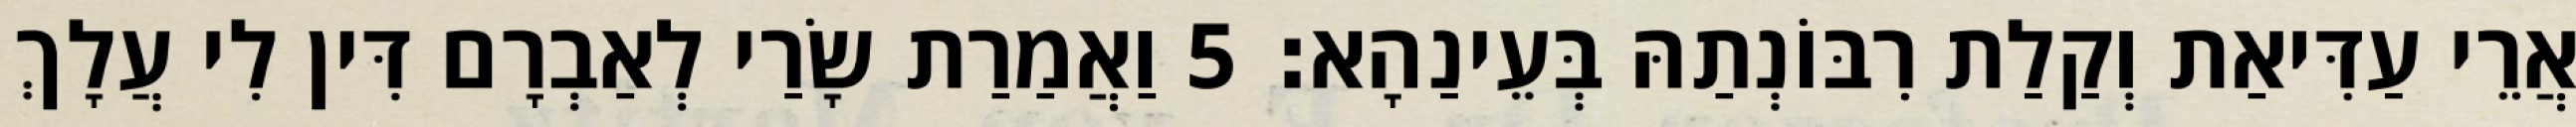
אֲרֵי עַדִּיאַת וְקַלַת רִבּוֹנְתַהּ בְּעֵינַהָא׃ 5 וַאֲמַרַת שָׂרַי לְאַבְרָם דִּין לִי עֲלָךְ